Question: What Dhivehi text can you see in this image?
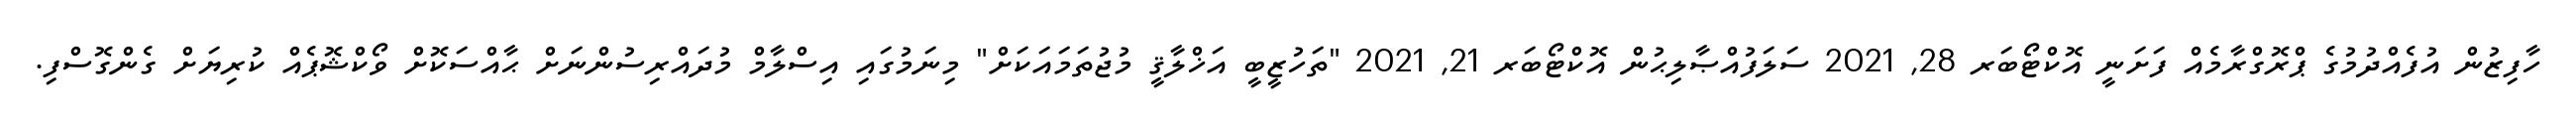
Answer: ހާފިޒުން އުފެއްދުމުގެ ޕްރޮގްރާމެއް ފަށަނީ އޮކްޓޯބަރ 28, 2021 ސަލަފުއްޞާލިޙުން އޮކްޓޯބަރ 21, 2021 "ތަހުޒީބީ އަޚްލާޤީ މުޖުތަމައަކަށް" މިނަމުގައި އިސްލާމް މުދައްރިސުންނަށް ޙާއްސަކޮށް ވޯކްޝޮޕެއް ކުރިޔަށް ގެންގޮސްފި.